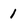
Character: 1